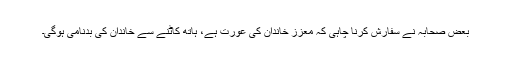
بعض صحابہؓ نے سفارش کرنا چاہی کہ معزز خاندان کی عورت ہے، ہاتھ کاٹنے سے خاندان کی بدنامی ہوگی۔